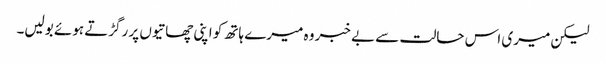
لیکن میری اس حالت سے بے خبر وہ میرے ہاتھ کو اپنی چھاتیوں پر رگڑتے ہوئے بولیں۔